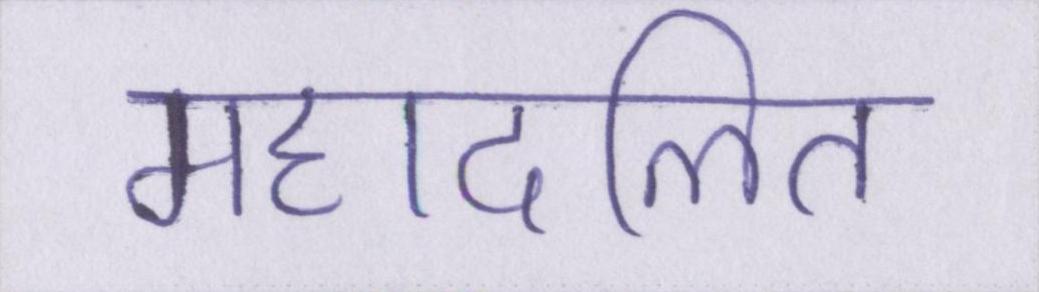
महादलित